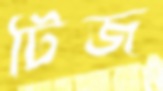
টিজ